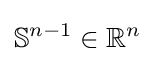
\mathbb {S} ^{n-1}\in \mathbb {R} ^{n}